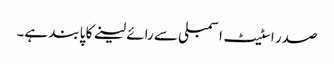
صدر اسٹیٹ اسمبلی سے رائے لینے کا پابند ہے۔